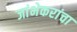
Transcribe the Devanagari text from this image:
जांभेकरांचा